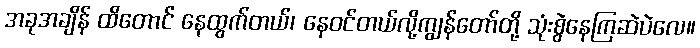
အခုအချိန် ထိတောင် နေထွက်တယ်၊ နေဝင်တယ်လို့ကျွန်တော်တို့ သုံးစွဲနေကြဆဲပဲလေ။